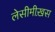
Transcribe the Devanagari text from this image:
लेसीमीख़स